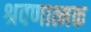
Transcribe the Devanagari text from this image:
श्रवणात्मक